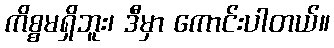
ကိစ္စမရှိဘူး၊ ဒီမှာ ကောင်းပါတယ်။